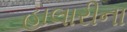
હાલારીના